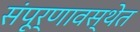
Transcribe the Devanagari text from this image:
संंपूर्णावस्थेत